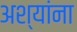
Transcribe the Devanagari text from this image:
अश्यांना